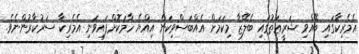
އެމެރިކާގައި ބޭއްވި ޝަރީޢަތުގައި ބެލޭޒާ މިކަމަށް އެއްބަސްވިކަން އިއްޔެ ހާމަކޮށްފައިވަނި އެމެރިކާ ސަރުކާރުންނެވެ.